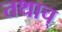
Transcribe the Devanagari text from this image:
तथाच्